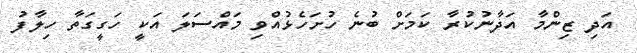
އަދި ޒިންމާ އަދާނުކުރާ ކަމަށް ބުނެ ހުށަހެޅުއްވި މައްސަލަ އަކީ ހަގީގަތާ ހިލާފު